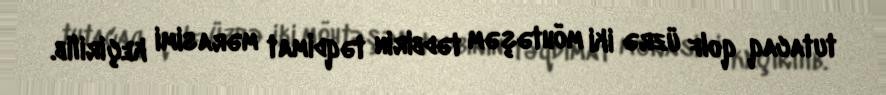
tutacaq qolf üzrə iki möhtəşəm tədbirin təqdimat mərasimi keçirilib.